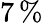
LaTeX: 7\, \%